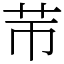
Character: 䒥